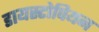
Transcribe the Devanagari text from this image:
डायस्टोपियन